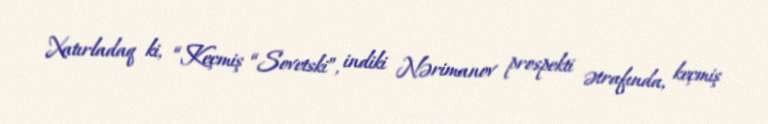
Xatırladaq ki, “Keçmiş “Sovetski”, indiki Nərimanov prospekti ətrafında, keçmiş